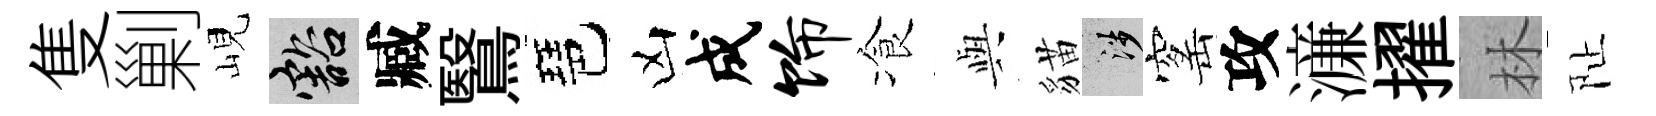
隻剿峴豁臧鷖琶凶成饰飡𫤰貓涉窰攻濓擢林阯